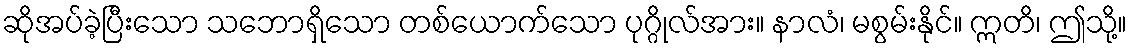
ဆိုအပ်ခဲ့ပြီးသော သဘောရှိသော တစ်ယောက်သော ပုဂ္ဂိုလ်အား။ နာလံ၊ မစွမ်းနိုင်။ ဣတိ၊ ဤသို့။